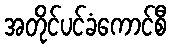
အတိုင်ပင်ခံကောင်စီ